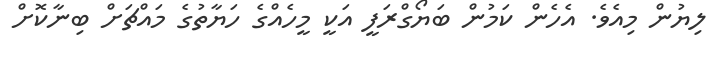
ލިޔުން މިއެވެ. އެހެން ކަމުން ބަޔޯގްރަފީ އަކީ މީހެއްގެ ހަޔާތުގެ މައްޗަށް ބިނާކޮށް